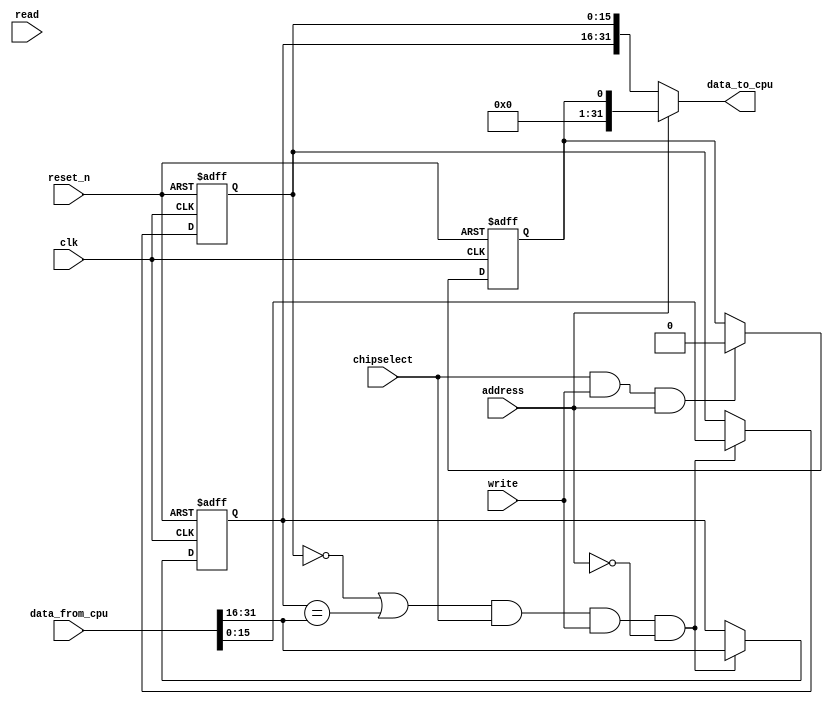
//Legal Notice: (C)2019 Altera Corporation. All rights reserved.  Your
//use of Altera Corporation's design tools, logic functions and other
//software and tools, and its AMPP partner logic functions, and any
//output files any of the foregoing (including device programming or
//simulation files), and any associated documentation or information are
//expressly subject to the terms and conditions of the Altera Program
//License Subscription Agreement or other applicable license agreement,
//including, without limitation, that your use is for the sole purpose
//of programming logic devices manufactured by Altera and sold by Altera
//or its authorized distributors.  Please refer to the applicable
//agreement for further details.

// synthesis translate_off
`timescale 1ns / 1ps
// synthesis translate_on

// turn off superfluous verilog processor warnings 
// altera message_level Level1 
// altera message_off 10034 10035 10036 10037 10230 10240 10030 

module system_shared_ocm_mutex (
                                 // inputs:
                                  address,
                                  chipselect,
                                  clk,
                                  data_from_cpu,
                                  read,
                                  reset_n,
                                  write,

                                 // outputs:
                                  data_to_cpu
                               )
;

  output  [ 31: 0] data_to_cpu;
  input            address;
  input            chipselect;
  input            clk;
  input   [ 31: 0] data_from_cpu;
  input            read;
  input            reset_n;
  input            write;


wire    [ 31: 0] data_to_cpu;
wire             mutex_free;
reg     [ 15: 0] mutex_owner;
wire             mutex_reg_enable;
wire    [ 31: 0] mutex_state;
reg     [ 15: 0] mutex_value;
wire             owner_valid;
reg              reset_reg;
wire             reset_reg_enable;
  //s1, which is an e_avalon_slave
  //mutex_value, which is an e_register
  always @(posedge clk or negedge reset_n)
    begin
      if (reset_n == 0)
          mutex_value <= 1;
      else if (mutex_reg_enable)
          mutex_value <= data_from_cpu[15 : 0];
    end


  //mutex_owner, which is an e_register
  always @(posedge clk or negedge reset_n)
    begin
      if (reset_n == 0)
          mutex_owner <= 1;
      else if (mutex_reg_enable)
          mutex_owner <= data_from_cpu[31 : 16];
    end


  //reset_reg, which is an e_register
  always @(posedge clk or negedge reset_n)
    begin
      if (reset_n == 0)
          reset_reg <= 1'b1;
      else if (reset_reg_enable)
          reset_reg <= 1'b0;
    end


  assign mutex_free = mutex_value == 0;
  assign owner_valid = mutex_owner == data_from_cpu[31 : 16];
  assign mutex_reg_enable = (mutex_free | owner_valid) & chipselect & write & ~address;
  assign reset_reg_enable = chipselect & write & address;
  assign data_to_cpu = address ? reset_reg : mutex_state;
  assign mutex_state[15 : 0] = mutex_value;
  assign mutex_state[31 : 16] = mutex_owner;

endmodule